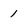
Character: 1